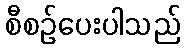
စီစဉ်ပေးပါသည်